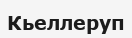
Кьеллеруп